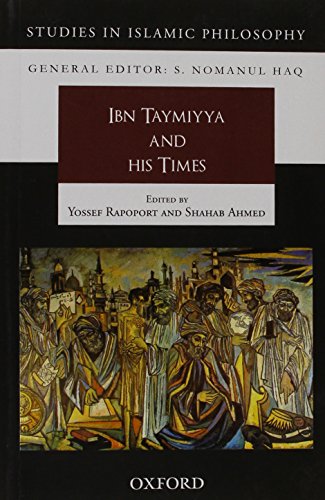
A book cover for Ibn Taymiyya and his Times (Studies in Islamic Philosphy); Religion & Spirituality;